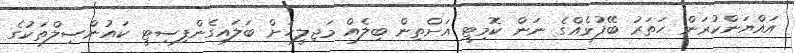
އައްޔަންކުރަން ހަތަރު ބޭފުޅެއްގެ ނަން ކޮމިޓީ އަށްތިން ބިލެއް މަޖިލީހަށް ބަލައިގެންފިސިޓީ ކައުންސިލްތަކުގެ